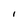
Character: l